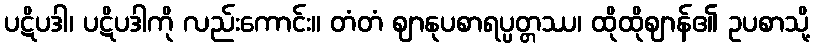
ပဋိပဒါ၊ ပဋိပဒါကို လည်းကောင်း။ တံတံ ဈာနုပစာရပ္ပတ္တဿ၊ ထိုထိုဈာန်၏ ဥပစာသို့